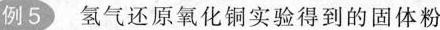
例5 氢气还原氧化铜实验得到的固体粉